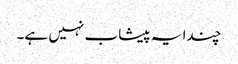
چندا یہ پیشاب نہیں ہے۔